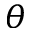
\theta